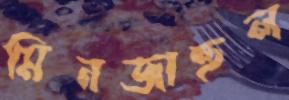
মিনজাহুল